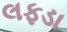
લફડા